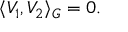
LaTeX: \langle V _ { 1 } , V _ { 2 } \rangle _ { G } = 0 .